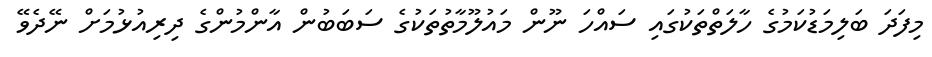
މިފަދަ ބަލިމަޑުކަމުގެ ހާލަތްތަކުގައި ސައްހަ ނޫން މައުލޫމާތުތަކުގެ ސަބަބުން އާންމުންގެ ދިރިއުޅުމަށް ނޭދެވޭ